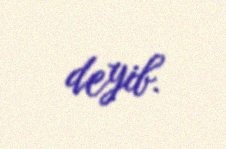
deyib.